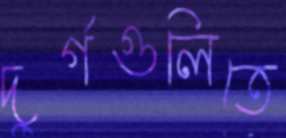
দুর্গগুলিতে